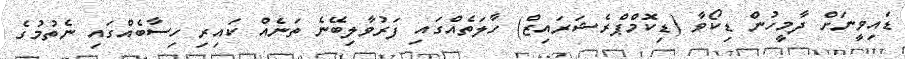
ޑައިވީނަށް ދާމީހުން ޑިކޯވާ (ޑިކޮމްޕްރެޝަރައިޒް) ހާލަތެއްގައި ފަރުވާލިބޭނެ ތަނެއް ކައިރި ހިސާބެއްގައި ނެތުމުގެ